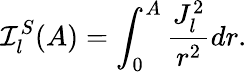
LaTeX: \mathcal{I}_{l}^{S}(A)=\int_{0}^{A}\frac{J_{l}^{2}}{r^{2}}dr.